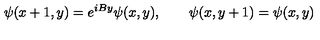
\psi ( x + 1 , y ) = e ^ { i B y } \psi ( x , y ) , \qquad \psi ( x , y + 1 ) = \psi ( x , y )